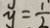
y = \frac { 1 } { 2 }